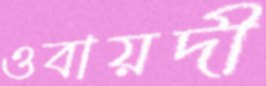
ওবায়দী